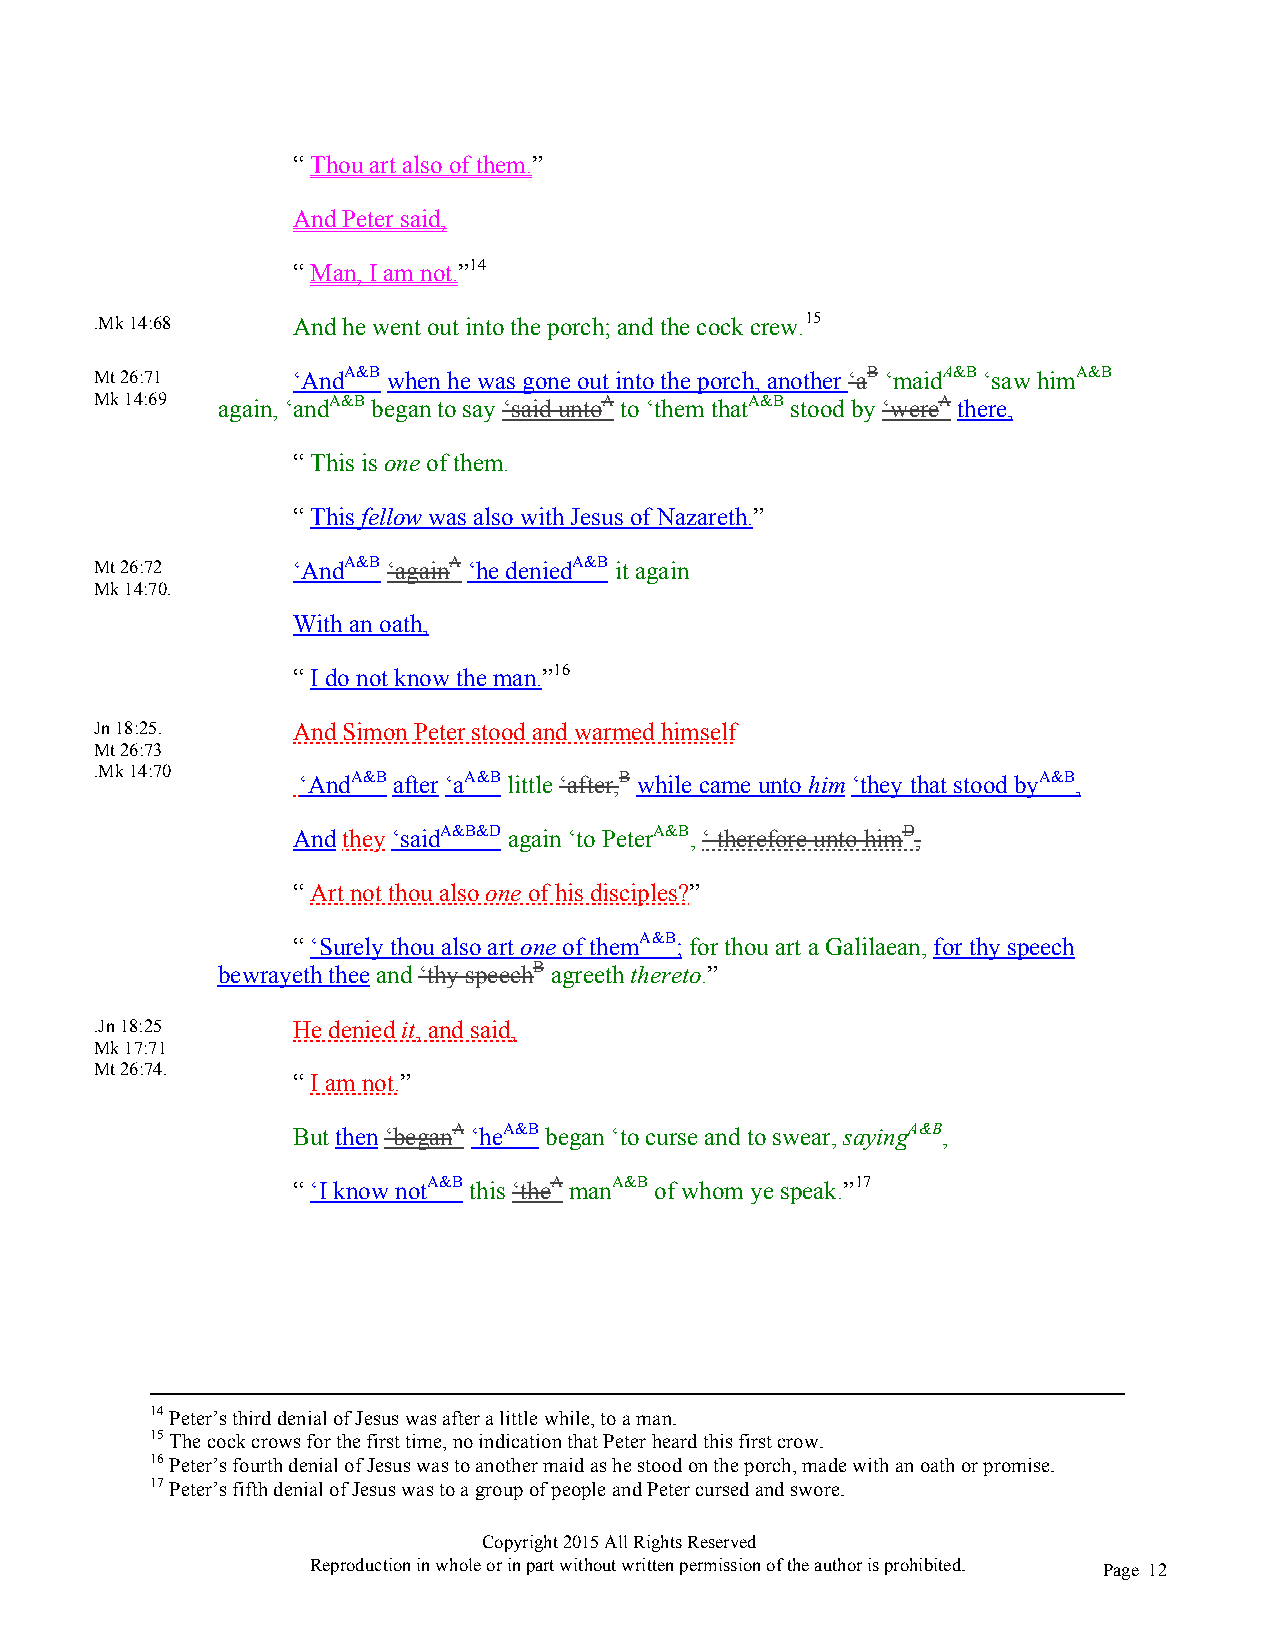
“ Thou art also of them.”
 And Peter said,
 “ Man, I am not.”14
 .Mk 14:68    And he went out into the porch; and the cock crew.15
 Mt 26:71     ‘AndA&B when he was gone out into the porch, another ‘aB ‘maidA&B ‘saw himA&B
 Mk 14:69 again, ‘andA&B began to say ‘said untoA to ‘them thatA&B stood by ‘wereA there,
 “ This is one of them.
 “ This fellow was also with Jesus of Nazareth.”
 Mt 26:72     ‘AndA&B ‘againA ‘he deniedA&B it again
 Mk 14:70.
 With an oath,
 “ I do not know the man.”16
 Jn 18:25.    And Simon Peter stood and warmed himself
 Mt 26:73
 .Mk 14:70     ‘AndA&B after ‘aA&B little ‘after,B while came unto him ‘they that stood byA&B,
 And they ‘saidA&B&D again ‘to PeterA&B, ‘ therefore unto himD,
 “ Art not thou also one of his disciples?”
 “ ‘Surely thou also art one of themA&B; for thou art a Galilaean, for thy speech
 bewrayeth thee and ‘thy speechB agreeth thereto.”
 .Jn 18:25    He denied it, and said,
 Mk 17:71
 Mt 26:74.
 “ I am not.”
 But then ‘beganA ‘heA&B began ‘to curse and to swear, sayingA&B,
 “ ‘I know notA&B this ‘theA manA&B of whom ye speak.”17
 14 Peter’s third denial of Jesus was after a little while, to a man.
 15 The cock crows for the first time, no indication that Peter heard this first crow.
 16 Peter’s fourth denial of Jesus was to another maid as he stood on the porch, made with an oath or promise.
 17 Peter’s fifth denial of Jesus was to a group of people and Peter cursed and swore.
 Copyright 2015 All Rights Reserved
 Reproduction in whole or in part without written permission of the author is prohibited. Page 12